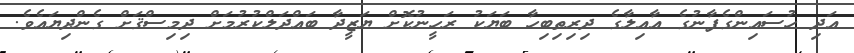
އަދި ހުސައިންގެފާނުގެ އާއިލާގެ ދިރިތިބިހާ ބަޔަކު ރަހީނުކޮށް ޔަޒީދާ ބައްދަލްކުރުމަށް ދިމިސްޤަށް ގެންދިޔައެވެ.